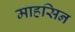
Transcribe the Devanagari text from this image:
माहसिन